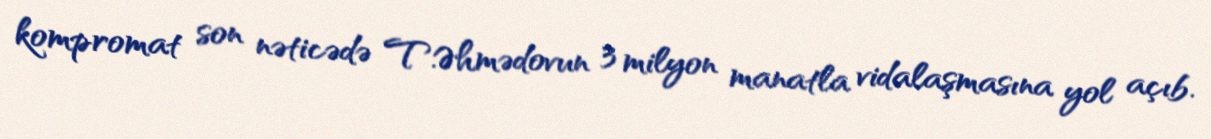
kompromat son nəticədə T.Əhmədovun 3 milyon manatla vidalaşmasına yol açıb.